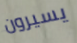
يسيرون